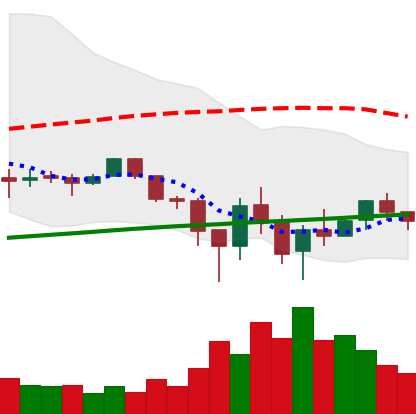
Ticker: LTC-USD
Chart end date: 2018-02-11
Forward return: 54.456%
Label: up_7plus